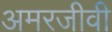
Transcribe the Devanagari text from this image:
अमरजीवी